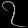
Digit: ၇